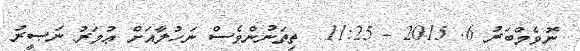
ނޮވެމްބަރު 6